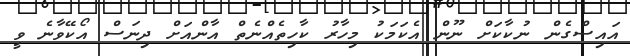
އައިސްގެން ނުކާކަށް ނޫން އެކަމަކު މިހާރު ކާހިތެއްނެތް އާންއަށް ދިނަސް އޯކޭވާނެ ވީ